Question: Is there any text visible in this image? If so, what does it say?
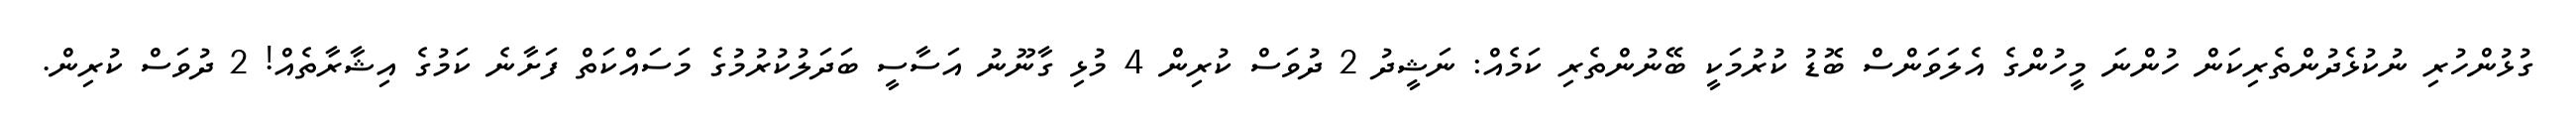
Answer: ގުޅުންހުރި ނުކުޅެދުންތެރިކަން ހުންނަ މީހުންގެ އެލަވަންސް ބޮޑު ކުރުމަކީ ބޭނުންތެރި ކަމެއް: ނަޝީދު 2 ދުވަސް ކުރިން 4 މުޅި ގާނޫނު އަސާސީ ބަދަލުކުރުމުގެ މަސައްކަތް ފަށާނެ ކަމުގެ އިޝާރާތެއް! 2 ދުވަސް ކުރިން.